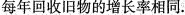
每年回收旧物的增长率相同。